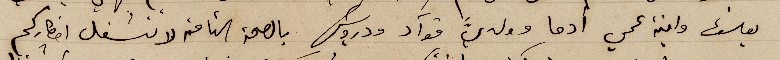
يوسف وابنة عمي ادما وولدي فوآد ودرويش بالصحة التامة لا تنشغل افكاركم